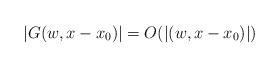
LaTeX: \begin{align*} |G(w,x-x_0)| = O(|(w,x-x_0)|)\end{align*}